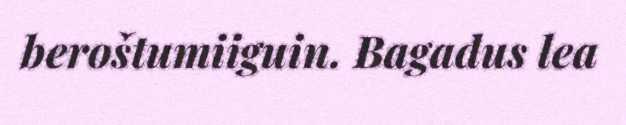
beroštumiiguin. Bagadus lea